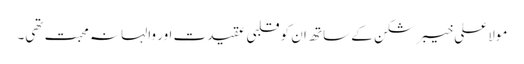
مولا علی خیبر شکن کے ساتھ ان کو قلبی عقیدت اور والہانہ محبت تھی۔